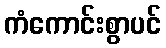
ကံကောင်းစွာပင်